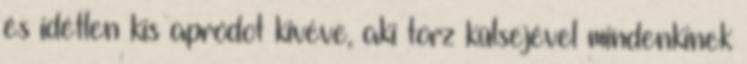
és idétlen kis apródot kivéve, aki torz külsejével mindenkinek